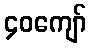
၄၀ကျော်